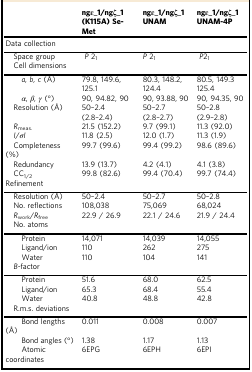
<table><thead><tr><td></td><td><b>ngε_1/ngζ_1(K115A) Se-Met</b></td><td><b>ngε_1/ngζ_1 UNAM</b></td><td><b>ngε_1/ngζ_1 UNAM-4P</b></td></tr></thead><tbody><tr><td colspan="4">Data collection</td></tr><tr><td> Space group</td><td> <i>P</i> 2<sub>1</sub></td><td><i>P</i> 2<sub>1</sub></td><td> <i>P</i>2<sub>1</sub></td></tr><tr><td colspan="4"> Cell dimensions</td></tr><tr><td><i>a, b, c</i> (Å)</td><td>79.8, 149.6, 125.1</td><td>80.3, 148.2, 124.4</td><td>80.5, 149.3 125.4</td></tr><tr><td><i>α</i>, <i>β</i>, <i>γ</i> (°)</td><td>90, 94.82, 90</td><td>90, 93.88, 90</td><td>90, 94.35, 90</td></tr><tr><td> Resolution (Å)</td><td>50–2.4 (2.8–2.4)</td><td>50–2.7 (2.8–2.7)</td><td>50–2.8 (2.9–2.8)</td></tr><tr><td> <i>R</i><sub>meas.</sub></td><td>21.5 (152.2)</td><td>9.7 (99.1)</td><td>11.3 (92.0)</td></tr><tr><td> <i>I</i>/<i>σI</i></td><td>11.8 (2.5)</td><td>12.0 (1.7)</td><td>11.3 (1.9)</td></tr><tr><td> Completeness (%)</td><td>99.7 (99.6)</td><td>99.4 (99.2)</td><td>98.6 (89.6)</td></tr><tr><td> Redundancy</td><td>13.9 (13.7)</td><td>4.2 (4.1)</td><td>4.1 (3.8)</td></tr><tr><td> CC<sub>1/2</sub></td><td>99.8 (82.6)</td><td>99.4 (70.4)</td><td>99.7 (74.4)</td></tr><tr><td colspan="4">Refinement</td></tr><tr><td> Resolution (Å)</td><td>50–2.4</td><td>50–2.7</td><td>50–2.8</td></tr><tr><td> No. reflections</td><td>108,038</td><td>75,069</td><td>68,024</td></tr><tr><td> <i>R</i><sub>work</sub>/<i>R</i><sub>free</sub></td><td>22.9 / 26.9</td><td>22.1 / 24.6</td><td>21.9 / 24.4</td></tr><tr><td colspan="4"> No. atoms</td></tr><tr><td>Protein</td><td>14,071</td><td>14,039</td><td>14,055</td></tr><tr><td>Ligand/ion</td><td>110</td><td>262</td><td>275</td></tr><tr><td>Water</td><td>110</td><td>104</td><td>141</td></tr><tr><td colspan="4"> <i>B</i>-factor</td></tr><tr><td>Protein</td><td>51.6</td><td>68.0</td><td>62.5</td></tr><tr><td>Ligand/ion</td><td>65.3</td><td>68.4</td><td>55.4</td></tr><tr><td>Water</td><td>40.8</td><td>48.8</td><td>42.8</td></tr><tr><td colspan="4"> R.m.s. deviations</td></tr><tr><td>Bond lengths (Å)</td><td>0.011</td><td>0.008</td><td>0.007</td></tr><tr><td>Bond angles (°)</td><td>1.38</td><td>1.17</td><td>1.13</td></tr><tr><td>Atomic coordinates</td><td>6EPG</td><td>6EPH</td><td>6EPI</td></tr></tbody></table>